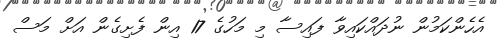
އެހެންކަމުން ނުދައްކައިވާ ފައިސާ މި މަހުގެ 17 އިން ފެށިގެން އަށް މަސް